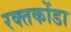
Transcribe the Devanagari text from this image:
रक्तकोंडा